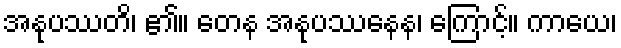
အနုပဿတိ၊ ၏။ တေန အနုပဿနေန၊ ကြောင့်။ ကာယေ၊